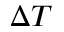
\Delta T